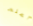
أعلم